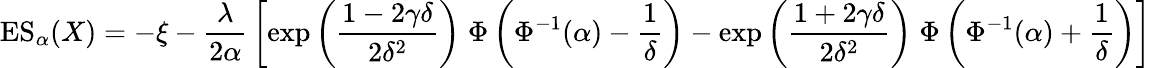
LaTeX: \operatorname{ES}_{\alpha}(X)=-\xi-{\frac{\lambda}{2\alpha}}\left[\exp\left({\frac{1-2\gamma\delta}{2\delta^{2}}}\right)\; \Phi\left(\Phi^{-1}(\alpha)-{\frac{1}{\delta}}\right)-\exp\left({\frac{1+2\gamma\delta}{2\delta^{2}}}\right)\; \Phi\left(\Phi^{-1}(\alpha)+{\frac{1}{\delta}}\right)\right]